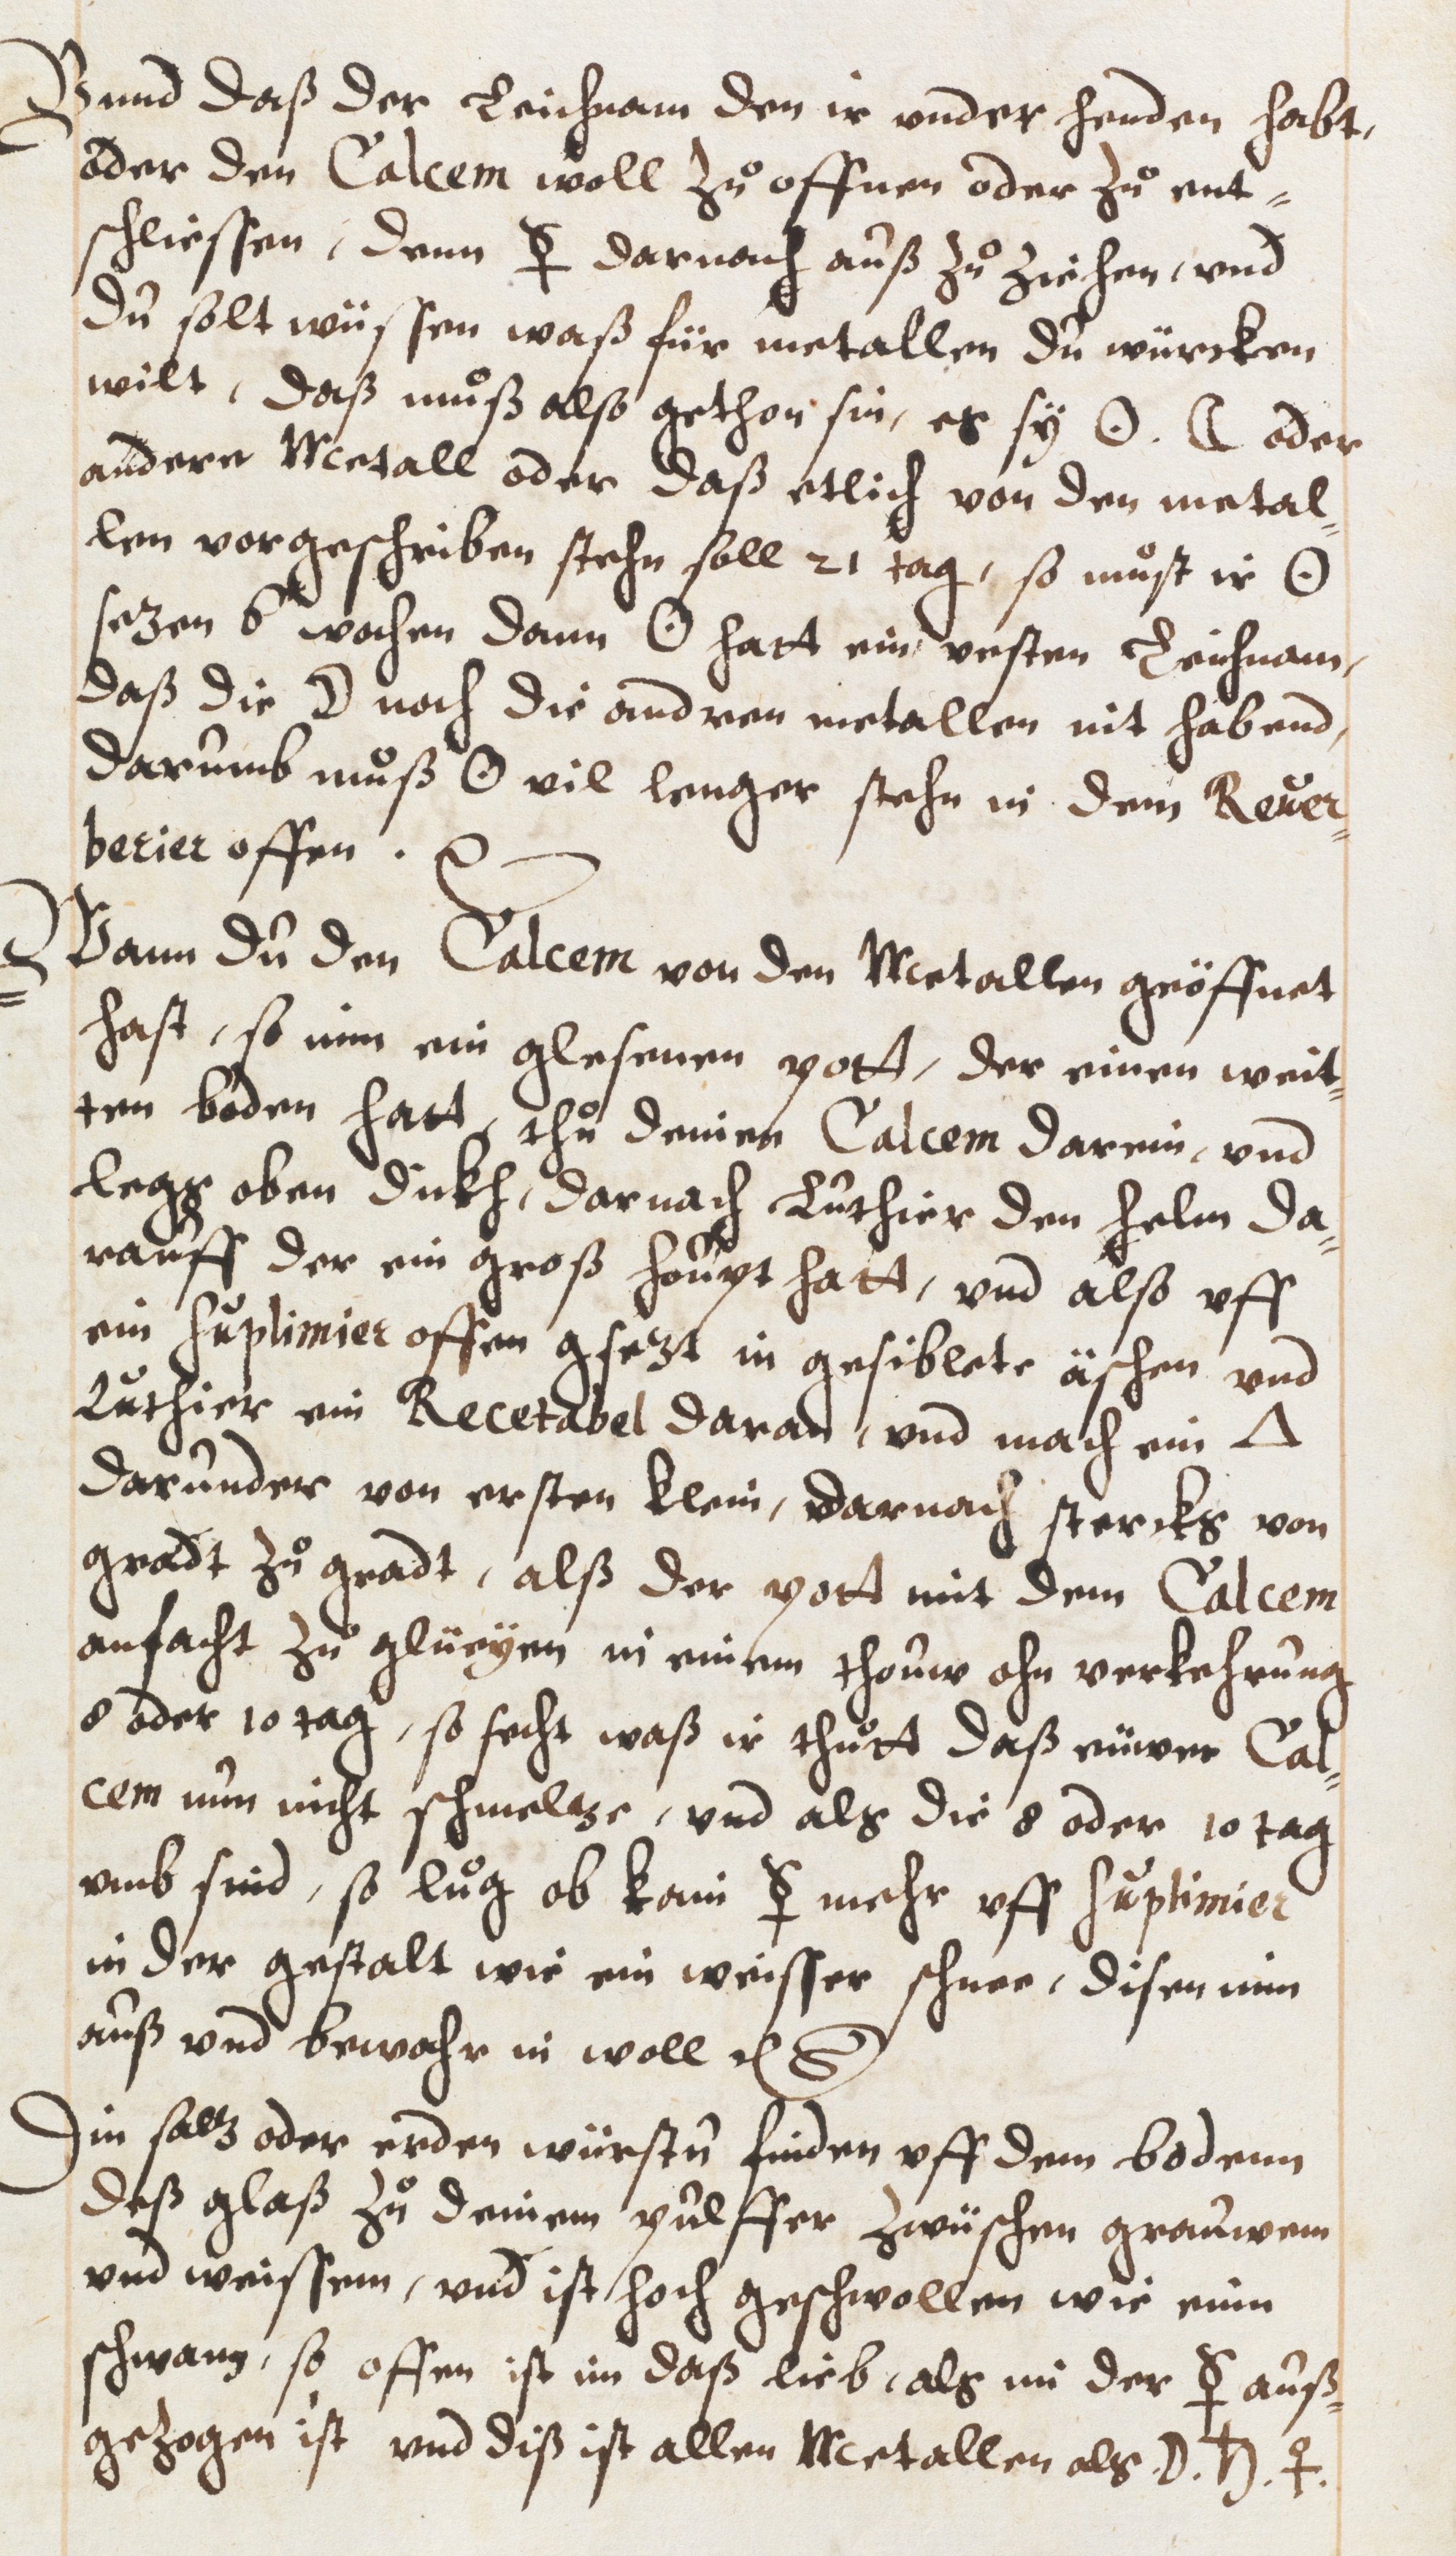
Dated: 1593–1593